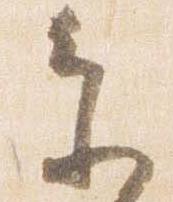
参